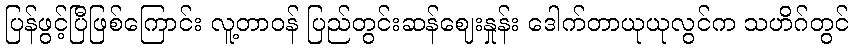
ပြန်ဖွင့်ပြီဖြစ်ကြောင်း လူ့တာဝန် ပြည်တွင်းဆန်ဈေးနှုန်း ဒေါက်တာယုယုလွင်က သဟိဂ်တွင်